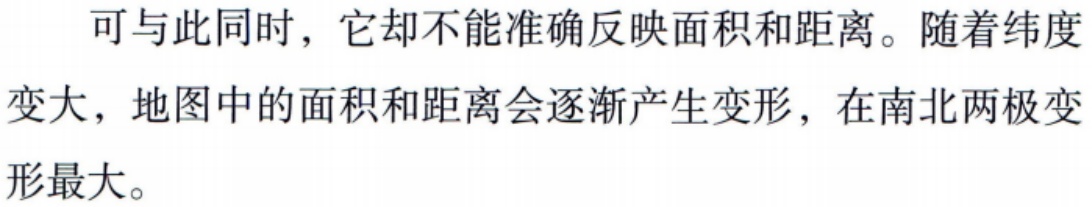
可与此同时，它却不能准确反映面积和距离。随着纬度变大，地图中的面积和距离会逐渐产生变形，在南北两极变形最大。